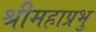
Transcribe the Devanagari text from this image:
श्रीमहाप्रभु